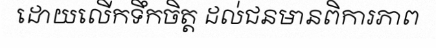
ដោយលើកទឹកចិត្ត ដល់ជនមានពិការភាព